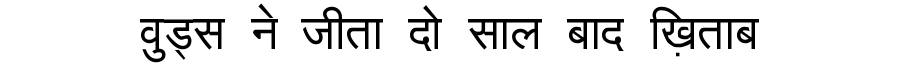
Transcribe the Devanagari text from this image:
वुड्स ने जीता दो साल बाद ख़िताब